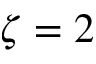
\zeta = 2